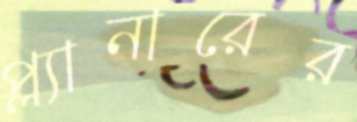
প্ল্যানারের